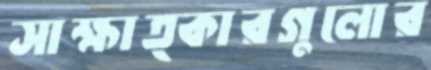
সাক্ষাত্কারগুলোর